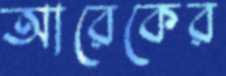
আরেকের